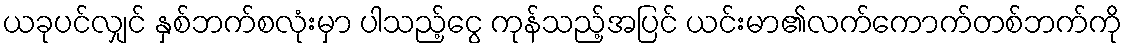
ယခုပင်လျှင် နှစ်ဘက်စလုံးမှာ ပါသည့်ငွေ ကုန်သည့်အပြင် ယင်းမာ၏လက်ကောက်တစ်ဘက်ကို